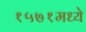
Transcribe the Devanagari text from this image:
१५७१मध्ये